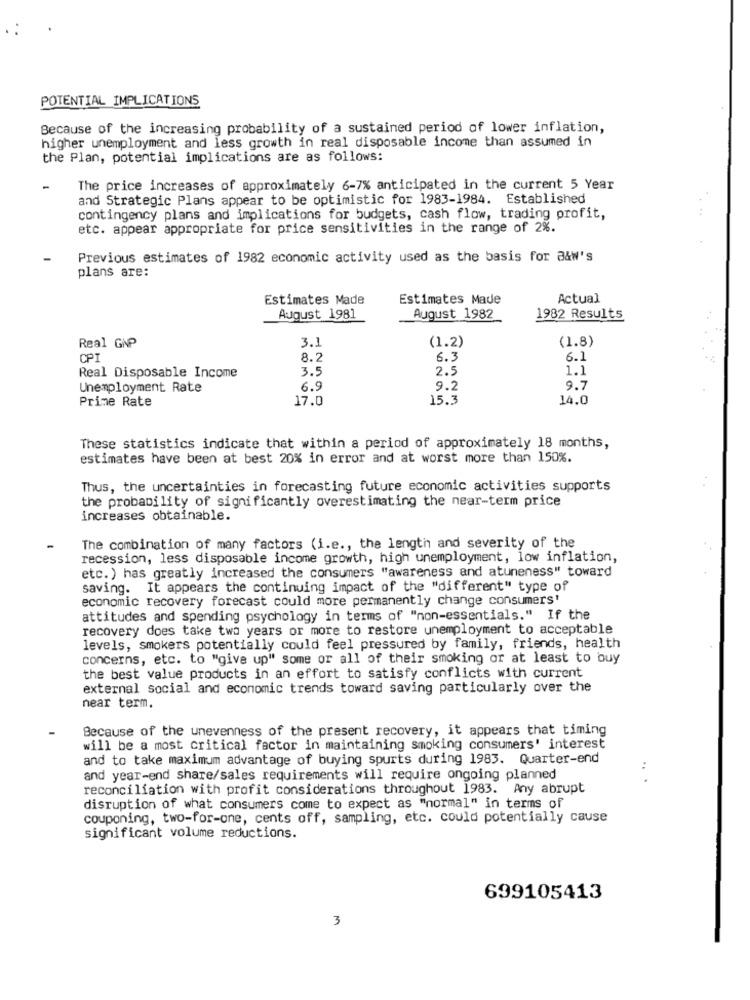
POTENTIAL IMPLICATIONS
Because of the increasing probability of a sustained period of lower inflation,
higher unemployment and less growth in real disposable income than assumed in
the Plan, potential implications are as follows:
-
The price increases of approximately 6-7% anticipated in the current 5 Year
and Strategic Plans appear to be optimistic for 1983-1984. Established
contingency plans and implications for budgets, cash flow, trading profit,
etc. appear appropriate for price sensitivities in the range of 2%.
Previous estimates of 1982 economic activity used as the basis for a&w's
plans are:
Estimates Made
Estimates Made
Actual
August 1981
August 1982
1982 Results
3.1
(1.2)
(1.8)
Real GNP
CP
8.2
6.3
6.1
3.5
2.5
1.1
Real Disposable Income
Unemployment Rate
6.9
9.2
9.7
Prime Rate
17.0
15.3
14.0
These statistics indicate that within a period of approximately 18 months,
estimates have been at best 20% in error and at worst more than 150%.
Thus, the uncertainties in forecasting future economic activities supports
the probability of significantly overestimating the near-term price
increases obtainable.
The combination of many factors (i.e ., the length and severity of the
recession, less disposable income growth, high unemployment, low inflation,
etc. ) has greatly increased the consumers "awareness and atuneness" toward
saving. It appears the continuing impact of the "different" type of
economic recovery forecast could more permanently change consumers'
attitudes and spending psychology in terms of "non-essentials." If the
recovery does take two years or more to restore unemployment to acceptable
levels, smokers potentially could feel pressured by family, friends, health
concerns, etc. to "give up" some or all of their smoking or at least to buy
the best value products in an effort to satisfy conflicts with current
external social and economic trends toward saving particularly over the
near term.
Because of the unevenness of the present recovery, it appears that timing
will be a most critical factor in maintaining smoking consumers' interest
and to take maximum advantage of buying spurts during 1983. Quarter-end
and year-end share/sales requirements will require ongoing planned
.. .
reconciliation with profit considerations throughout 1983. Any abrupt
disruption of what consumers come to expect as "normal" in terms of
couponing, two-for-one, cents off, sampling, etc. could potentially cause
significant volume reductions.
699105413
3